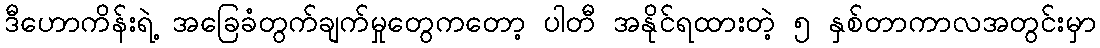
ဒီဟောကိန်းရဲ့ အခြေခံတွက်ချက်မှုတွေကတော့ ပါတီ အနိုင်ရထားတဲ့ ၅ နှစ်တာကာလအတွင်းမှာ